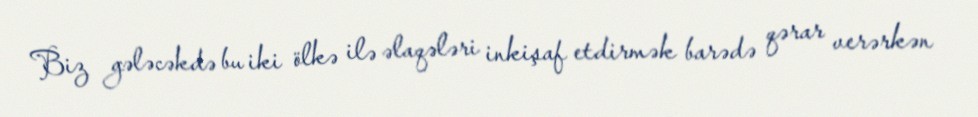
Biz gələcəkdə bu iki ölkə ilə əlaqələri inkişaf etdirmək barədə qərar verərkən